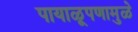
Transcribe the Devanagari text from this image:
पायाळूपणामुळे